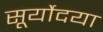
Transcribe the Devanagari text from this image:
सूर्योदया